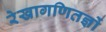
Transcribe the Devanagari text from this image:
रेखागणितज्ञों